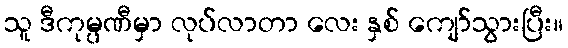
သူ ဒီကုမ္ပဏီမှာ လုပ်လာတာ လေး နှစ် ကျော်သွားပြီး။